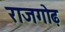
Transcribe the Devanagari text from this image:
राजगोढ़